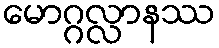
မောဂ္ဂလ္လာနဿ